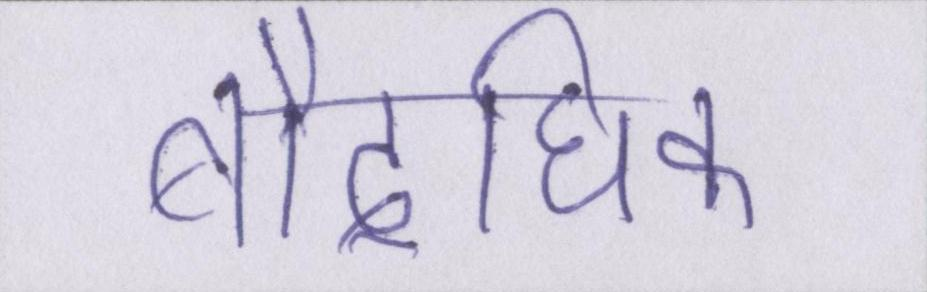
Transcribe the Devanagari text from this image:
बौद्घिक